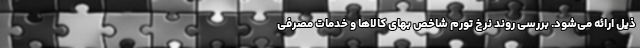
ذیل ارائه می‌شود. بررسی روند نرخ تورم شاخص بهای کالاها و خدمات مصرفی